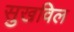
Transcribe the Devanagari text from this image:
सुखविल